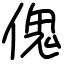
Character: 傀